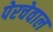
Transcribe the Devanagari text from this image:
पेरचेवाल